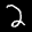
Label: 2